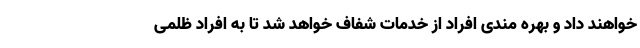
خواهند داد و بهره مندی افراد از خدمات شفاف خواهد شد تا به افراد ظلمی